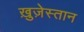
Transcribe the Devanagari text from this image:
ख़ुज़ेस्तान